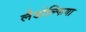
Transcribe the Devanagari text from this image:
लैडोल्फिया